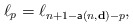
\begin{align*}\ell_p=\ell_{n+1- \mathsf{a}(n,\mathbf{d})-p},\end{align*}